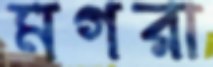
মগরা